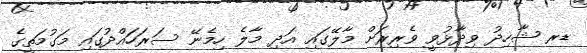
ޑރ ޝާހިދު ވިދާޅުވީ ވެރިރަށް މާލޭގައި އަދި މާލެ ހިމެނޭ ސަރަހައްދުގައި މަގުމަތީގެ